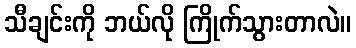
သီချင်းကို ဘယ်လို ကြိုက်သွားတာလဲ။